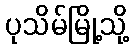
ပုသိမ်မြို့သို့